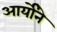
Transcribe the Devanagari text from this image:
आर्योंने